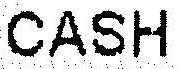
CASH